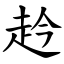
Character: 赺